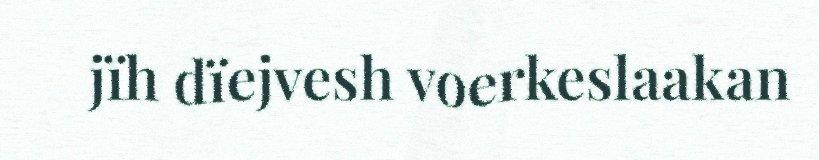
jïh dïejvesh voerkeslaakan